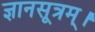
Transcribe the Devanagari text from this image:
ज्ञानसूत्रम्।